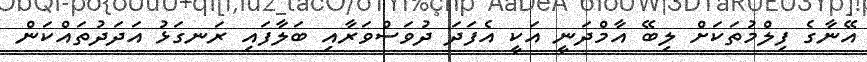
އޭނާގެ ފިލްމުތަކަށް ލިބޭ އާމްދަނީ އަކީ އެފަދަ ދުވަސްވަރާއި ބަލާފައި ރަނގަޅު އަދަދުތައްކަން